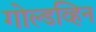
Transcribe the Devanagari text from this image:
गोल्डव्हिन